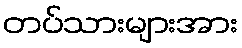
တပ်သားများအား